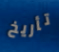
تأريخ